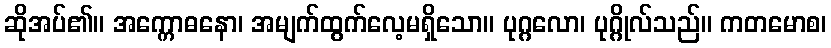
ဆိုအပ်၏။ အက္ကောဓနော၊ အမျက်ထွက်လေ့မရှိသော။ ပုဂ္ဂလော၊ ပုဂ္ဂိုလ်သည်။ ကတမောစ၊